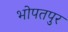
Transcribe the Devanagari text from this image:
भोपतपुर